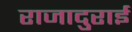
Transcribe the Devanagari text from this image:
राजादुराई